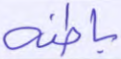
باطنه